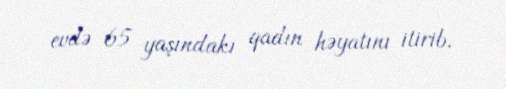
evdə 65 yaşındakı qadın həyatını itirib.